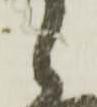
ら